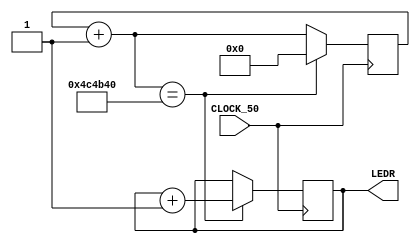
/* ***************************************************************\
| Name of program : Lab4
| Author : Charles Heckel
| Date Created : 5/31/2018
| Date last updated : 5/31/2018
| Function : Turns on the lights of the display board after 50 
|	clock cycles
| Method : uses an internal clock and iterative code execution
| Inputs : CLOCK_50	- the internal clock of the DE2-115 board
| Output : LEDR		- vector of hardware LED displays
| Additional Comments : (Extras)
\*****************************************************************/

module Lab4(CLOCK_50, LEDR);
  input CLOCK_50; // Port List variables that are inputs
  output reg [17:0] LEDR; // Port List variables that are outputs
  // Additional variables
  parameter X = 5000000;
  reg [31:0] count = 0;
  
  // Implementation
  always @(posedge CLOCK_50)
  begin
    count = count + 1;	// increment clock cycle counter until it reaches the bound, X
    if (count == X)
    begin
      count = 0; // reset counter
      LEDR = LEDR + 1; // increment value of LED vector (toggle lights)
    end // if
  end // always
  
endmodule